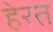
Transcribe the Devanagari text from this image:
हेरत